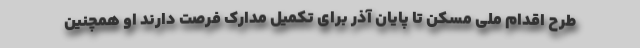
طرح اقدام ملی مسکن تا پایان آذر برای تکمیل مدارک فرصت دارند او همچنین